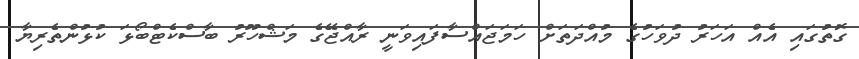
ގޮތުގައި އެއް އަހަރު ދުވަހުގެ މުއްދަތަށް ހަމަޖައްސާފައިވަނީ ރާއްޖޭގެ މަޝްހޫރު ބާސްކެޓްބޯޅަ ކުޅުންތެރިޔާ